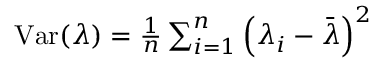
\begin{array} { r } { \mathrm { V a r } ( \lambda ) = \frac { 1 } { n } \sum _ { i = 1 } ^ { n } \left( \lambda _ { i } - \bar { \lambda } \right) ^ { 2 } } \end{array}